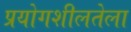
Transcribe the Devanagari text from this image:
प्रयोगशीलतेला